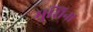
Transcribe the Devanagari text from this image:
मुसिना